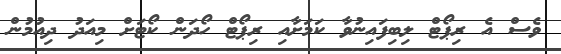
ވެސް އެ ރިޕޯޓް ލިބިފައިނުވާ ކަމަށާއި ރިޕޯޓް ހޯދަން ކޯޓަށް މިއަދު ދިއުމުން